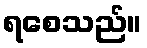
ရစေသည်။